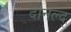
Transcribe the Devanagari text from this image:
दानल्द्